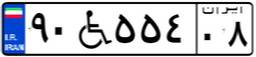
۶۸W۰۱۸۴۹